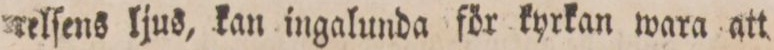
relſens ljus, kan ingalunda för kyrkan wara att